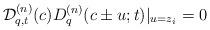
LaTeX: \begin{gather*} {\cal D}^{(n)}_{q,t}(c) D^{(n)}_q(c\pm u;t) |_{u=z_i} = 0 \end{gather*}